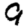
Digit: 9